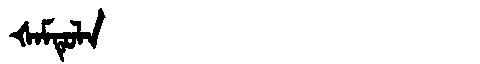
Manchu: ᡧᠠᠮᡨᡠᠯᠠ
Romanization: ŠAMTULA